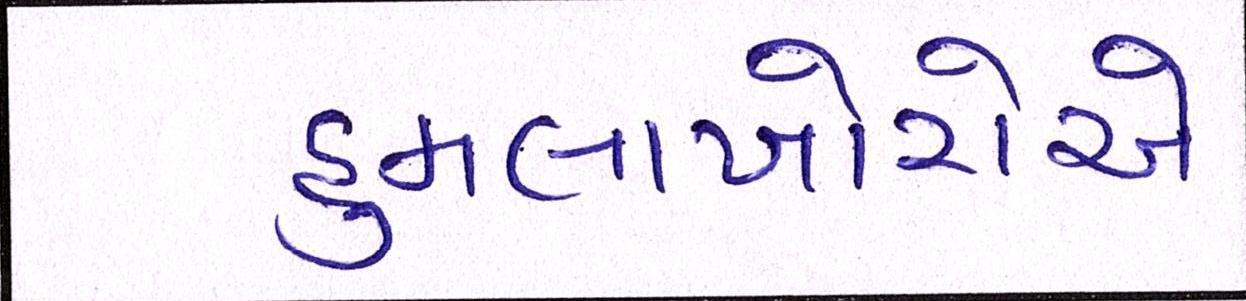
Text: હુમલાખોરોએ